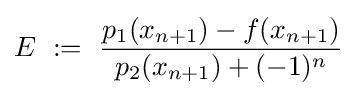
E\ :=\ {\frac {p_{1}(x_{n+1})-f(x_{n+1})}{p_{2}(x_{n+1})+(-1)^{n}}}